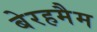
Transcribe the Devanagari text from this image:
बेरहमैम